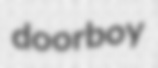
doorboy